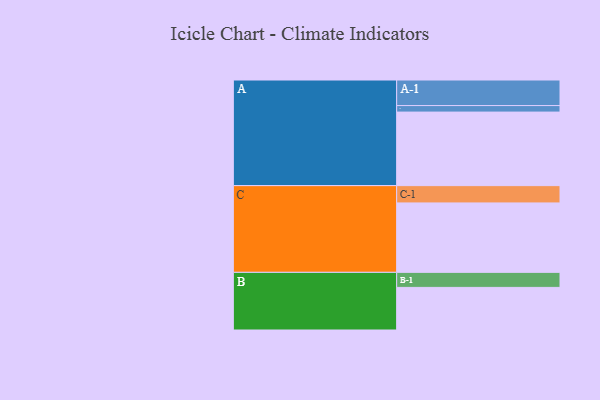
{"axis": {"x": "Segment", "y": "Value"}, "legend": ["", "A", "B", "C"], "data": [{"x": "A", "y": 587, "type": ""}, {"x": "B", "y": 340, "type": ""}, {"x": "C", "y": 554, "type": ""}, {"x": "A-1", "y": 204, "type": "A"}, {"x": "A-2", "y": 52, "type": "A"}, {"x": "B-1", "y": 120, "type": "B"}, {"x": "C-1", "y": 138, "type": "C"}]}